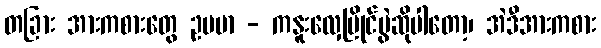
တခြား အားကစားတွေ ဥပမာ - ကနူးလှေပြိုင်ပွဲဆိုပါတော့၊ အဲဒီအားကစား